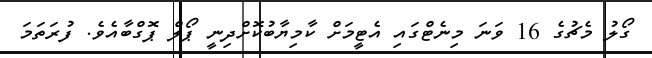
ގޯލު މެޗުގެ 16 ވަނަ މިނެޓްގައި އެޓީމަށް ކާމިޔާބުކޮށްދިނީ ޕޯލް ޕޮގްބާއެވެ. ފުރަތަމަ